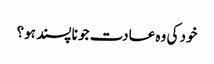
خود کی وہ عادت جو نا پسند ہو؟